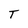
Character: T